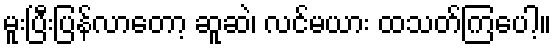
မူးပြီးပြန်လာတော့ ဆူဆဲ၊ လင်မယား ထသတ်ကြပေါ့။